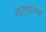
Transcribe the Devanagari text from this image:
नाट्यात्मक